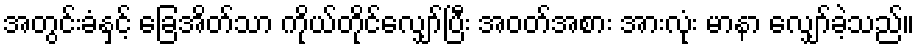
အတွင်းခံနှင့် ခြေအိတ်သာ ကိုယ်တိုင်လျှော်ပြီး အဝတ်အစား အားလုံး မာနာ လျှော်ခဲ့သည်။